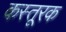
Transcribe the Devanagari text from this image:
कस्तूरक